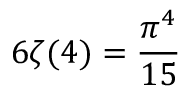
6 \zeta ( 4 ) = { \frac { \pi ^ { 4 } } { 1 5 } }